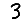
Digit: 3